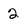
Character: 2